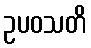
ဥပဝသတိ